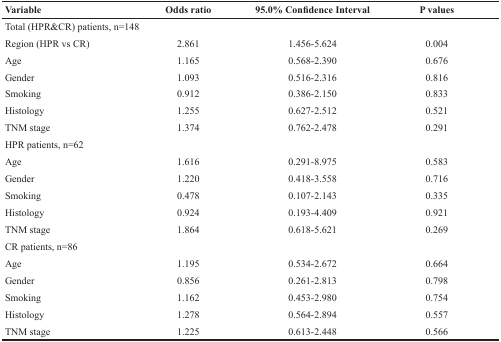
<table><thead><tr><td><b>Variable</b></td><td><b>Odds ratio</b></td><td><b>95.0% Confidence Interval</b></td><td><b>P values</b></td></tr></thead><tbody><tr><td>Total (HPR&amp;CR) patients, n=148</td><td></td><td></td><td></td></tr><tr><td>Region (HPR vs CR)</td><td>2.861</td><td>1.456-5.624</td><td>0.004</td></tr><tr><td>Age</td><td>1.165</td><td>0.568-2.390</td><td>0.676</td></tr><tr><td>Gender</td><td>1.093</td><td>0.516-2.316</td><td>0.816</td></tr><tr><td>Smoking</td><td>0.912</td><td>0.386-2.150</td><td>0.833</td></tr><tr><td>Histology</td><td>1.255</td><td>0.627-2.512</td><td>0.521</td></tr><tr><td>TNM stage</td><td>1.374</td><td>0.762-2.478</td><td>0.291</td></tr><tr><td>HPR patients, n=62</td><td></td><td></td><td></td></tr><tr><td>Age</td><td>1.616</td><td>0.291-8.975</td><td>0.583</td></tr><tr><td>Gender</td><td>1.220</td><td>0.418-3.558</td><td>0.716</td></tr><tr><td>Smoking</td><td>0.478</td><td>0.107-2.143</td><td>0.335</td></tr><tr><td>Histology</td><td>0.924</td><td>0.193-4.409</td><td>0.921</td></tr><tr><td>TNM stage</td><td>1.864</td><td>0.618-5.621</td><td>0.269</td></tr><tr><td>CR patients, n=86</td><td></td><td></td><td></td></tr><tr><td>Age</td><td>1.195</td><td>0.534-2.672</td><td>0.664</td></tr><tr><td>Gender</td><td>0.856</td><td>0.261-2.813</td><td>0.798</td></tr><tr><td>Smoking</td><td>1.162</td><td>0.453-2.980</td><td>0.754</td></tr><tr><td>Histology</td><td>1.278</td><td>0.564-2.894</td><td>0.557</td></tr><tr><td>TNM stage</td><td>1.225</td><td>0.613-2.448</td><td>0.566</td></tr></tbody></table>